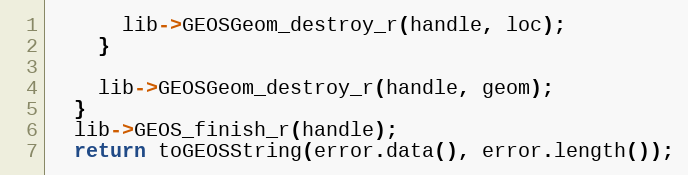
Language: C++
      lib->GEOSGeom_destroy_r(handle, loc);
    }

    lib->GEOSGeom_destroy_r(handle, geom);
  }
  lib->GEOS_finish_r(handle);
  return toGEOSString(error.data(), error.length());